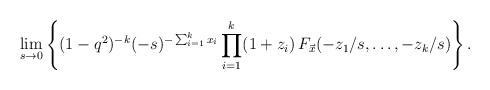
LaTeX: \begin{align*}\lim_{s \to 0}\left\{(1-q^{2})^{-k}(-s)^{-\sum_{i=1}^{k}x_{i}}\prod_{i=1}^{k}(1+z_{i}) \, F_{\vec{x}}(-z_{1}/s, \ldots , -z_{k}/s)\right\}. \end{align*}